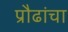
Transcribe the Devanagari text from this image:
प्रौढांचा